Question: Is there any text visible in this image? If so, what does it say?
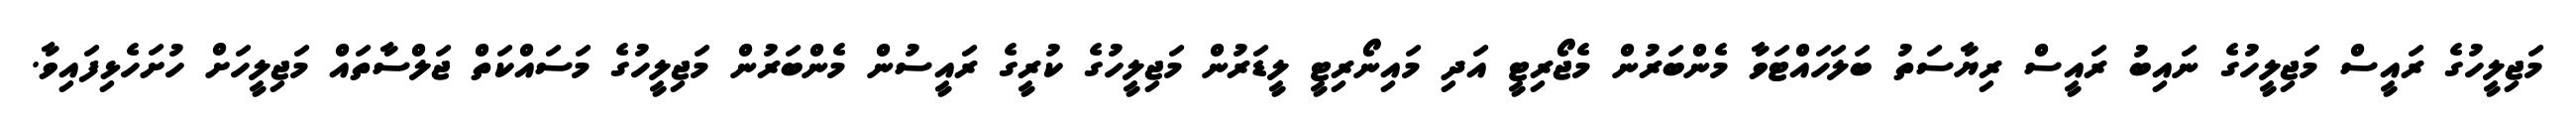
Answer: މަޖިލީހުގެ ރައީސް މަޖިލީހުގެ ނައިބު ރައީސް ރިޔާސަތު ބަލަހައްޓަވާ މެންބަރުން މެޖޯރިޓީ އަދި މައިނޯރިޓީ ލީޑަރުން މަޖިލީހުގެ ކުރީގެ ރައީސުން މެންބަރުން މަޖިލީހުގެ މަސައްކަތް ޖަލްސާތައް މަޖިލީހަށް ހުށަހެޅިފައިވާ.